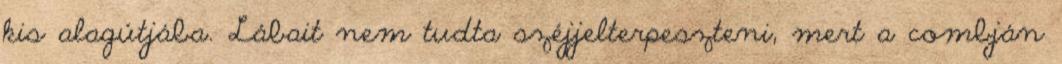
kis alagútjába. Lábait nem tudta széjjelterpeszteni, mert a combján